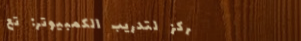
مركز لتدريب الكمبيوتر: تع